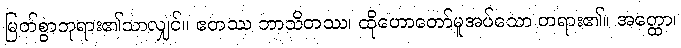
မြတ်စွာဘုရား၏သာလျှင်။ ဧတဿ ဘာသိတဿ၊ ထိုဟောတော်မူအပ်သော တရား၏။ အတ္ထော၊